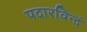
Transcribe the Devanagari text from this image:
पदारविन्दं